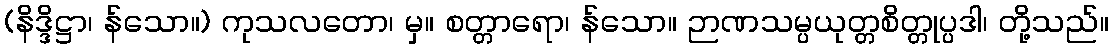
(နိဒ္ဒိဋ္ဌာ၊ န်သော။) ကုသလတော၊ မှ။ စတ္တာရော၊ န်သော။ ဉာဏသမ္ပယုတ္တစိတ္တုပ္ပဒါ၊ တို့သည်။